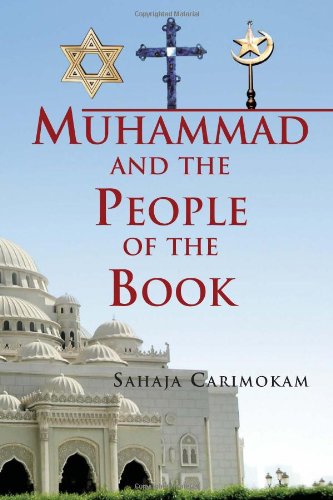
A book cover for Muhammad and the People of the Book; Sahaja Carimokam; Religion & Spirituality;